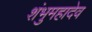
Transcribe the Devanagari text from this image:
शंभुमहादेव